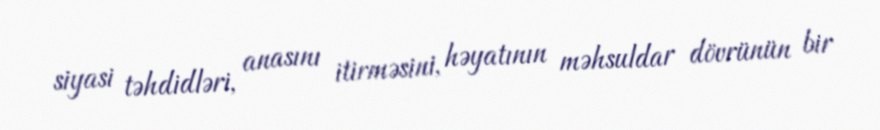
siyasi təhdidləri, anasını itirməsini, həyatının məhsuldar dövrünün bir